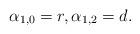
LaTeX: \begin{align*} \alpha_{1,0} = r, \alpha_{1,2} = d.\end{align*}